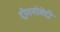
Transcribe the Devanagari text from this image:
ट्रीगनोमेट्री